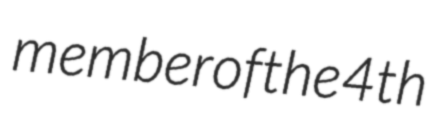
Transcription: member of the 4th